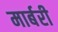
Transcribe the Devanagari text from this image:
मार्बरी